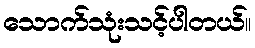
သောက်သုံးသင့်ပါတယ်။